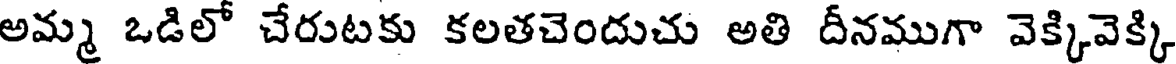
అమ్మ ఒడిలో చేరుటకు కలతచెందుచు అతి దీనముగా వెక్కివెక్కి